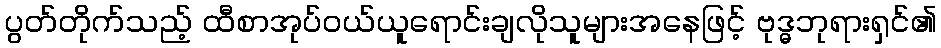
ပွတ်တိုက်သည့် ထီစာအုပ်ဝယ်ယူရောင်းချလိုသူများအနေဖြင့် ဗုဒ္ဓဘုရားရှင်၏